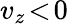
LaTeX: v_{z}\! <\! 0